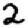
Digit: 2